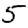
Digit: 5